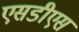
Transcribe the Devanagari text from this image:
एसडीएस